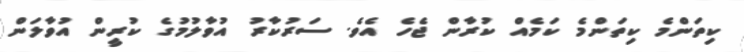
ކިތަންމެ ކިތަންމެ ކަމެއް ކުރާން ޖެހެ އެވެ. ސަރުކާރު އުވާލުމުގެ ކުރީން އުވާލަން